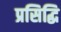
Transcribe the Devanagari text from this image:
प्रसिद्घि